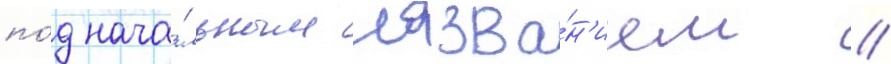
по́д нача́льным назва́н'ием //